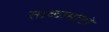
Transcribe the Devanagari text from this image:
ताकामोटो